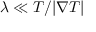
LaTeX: \lambda \ll T / | \nabla T |